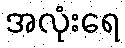
အလုံးရေ